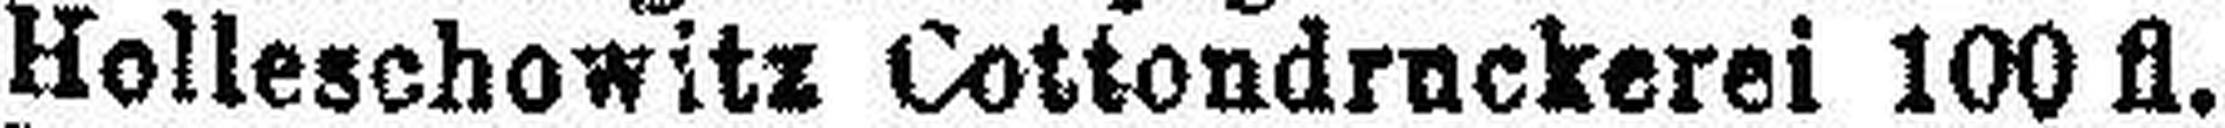
Holleschowitz Cottondruckerei 100 fl.